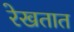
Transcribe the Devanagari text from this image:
रेखतात